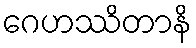
ဂေဟဿိတာနိ